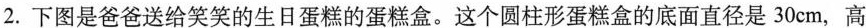
2.下图是爸爸送给笑笑的生日蛋糕的蛋糕盒。这个圆柱形蛋糕盒的底面直径是30cm，高